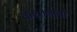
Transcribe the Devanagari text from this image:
के२०गावो